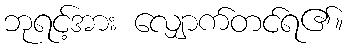
ဘုရင့်အား လျှောက်တင်ရ၏။